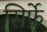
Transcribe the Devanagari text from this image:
सिर्फ़े